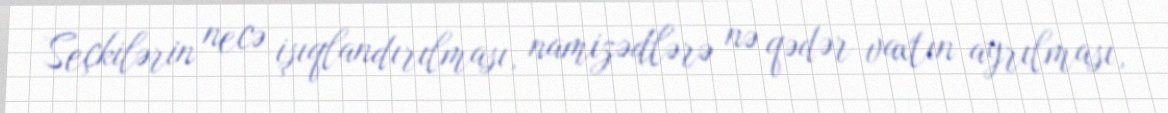
Seçkilərin necə işıqlandırılması, namizədlərə nə qədər vaxtın ayrılması,